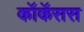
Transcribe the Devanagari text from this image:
कॉकॅसस